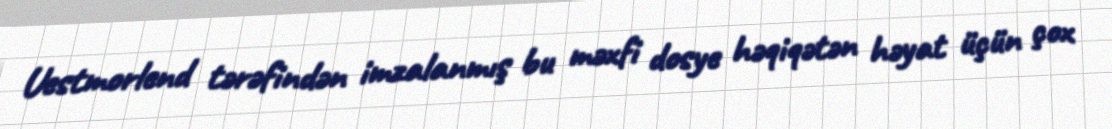
Uestmorlend tərəfindən imzalanmış bu məxfi dosye həqiqətən həyat üçün çox